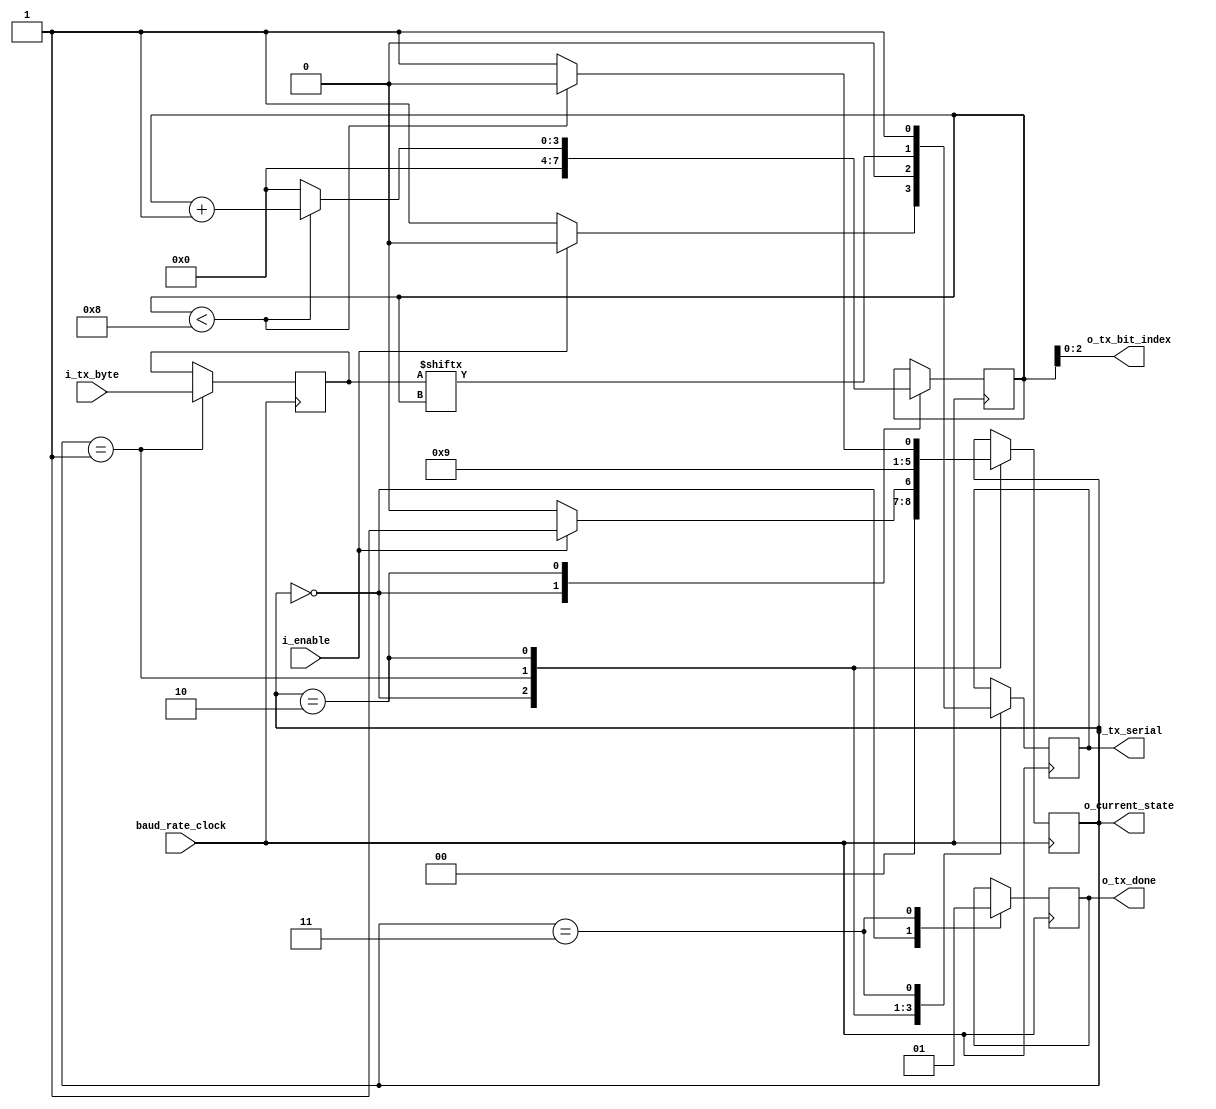
`timescale 1ns / 1ps
//////////////////////////////////////////////////////////////////////////////////
// Company: 
// Engineer: 
// 
// Design Name: 
// Module Name: transmitter
// Project Name: 
// Target Devices: 
// Tool Versions: 
// Description: 
// 
// Dependencies: 
// 
// Revision:
// Revision 0.01 - File Created
// Additional Comments:
// 
//////////////////////////////////////////////////////////////////////////////////
module transmitter(
   input wire      baud_rate_clock,
   input       i_enable,
   input [7:0] i_tx_byte, 
   output reg  o_tx_serial,
   output      o_tx_done,
   output [2:0] o_current_state,
   output [2:0] o_tx_bit_index
 );
 
parameter IDLE = 2'b00;
parameter START = 2'b01;
parameter DATA = 2'b10;
parameter STOP = 2'b11;
   
reg [2:0] current_state = IDLE;
reg [3:0] bit_index = 0;
reg [7:0] r_tx_data = 0;
reg r_tx_done = 0;
     
always @(posedge baud_rate_clock)
begin  
    case (current_state)
        IDLE:
        begin
            r_tx_done <= 1'b0;
            bit_index <= 0;
             
            if (i_enable == 1'b1)
                begin
                    o_tx_serial <= 1'b0;
                    current_state <= START;
                end
            else
                begin
                    o_tx_serial <= 1'b1;
                    current_state <= IDLE;
                end
        end
         
        START:
        begin
            r_tx_data <= i_tx_byte;
            o_tx_serial <= 1'b0;
            current_state <= DATA;
        end
         
        DATA:
        begin
            o_tx_serial <= r_tx_data[bit_index];
            if (bit_index < 8)
                 begin
                      bit_index <= bit_index + 1;
                      current_state <= DATA;
                 end
            else
                begin
                    bit_index <= 0;
                    current_state <= STOP;
                end
        end
         
        STOP:
        begin
            o_tx_serial <= 1'b1;
            r_tx_done <= 1'b1;
        end 
      endcase
    end
 
  assign o_tx_done = r_tx_done;
  assign o_current_state = current_state;
  assign o_tx_bit_index = bit_index;
   
endmodule